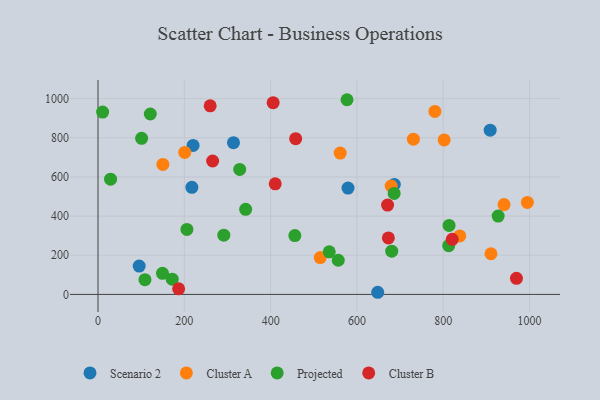
{"axis": {"x": "Price", "y": "Salary"}, "legend": ["Cluster A", "Cluster B", "Projected", "Scenario 2"], "data": [{"x": "220.3", "y": 760.8, "type": "Scenario 2"}, {"x": "686.6", "y": 562.0, "type": "Scenario 2"}, {"x": "908.7", "y": 838.7, "type": "Scenario 2"}, {"x": "648.1", "y": 10.9, "type": "Scenario 2"}, {"x": "313.9", "y": 775.1, "type": "Scenario 2"}, {"x": "95.4", "y": 144.5, "type": "Scenario 2"}, {"x": "579.3", "y": 543.0, "type": "Scenario 2"}, {"x": "217.5", "y": 547.1, "type": "Scenario 2"}, {"x": "150.3", "y": 664.1, "type": "Cluster A"}, {"x": "802.1", "y": 789.1, "type": "Cluster A"}, {"x": "561.2", "y": 722.2, "type": "Cluster A"}, {"x": "940.8", "y": 459.0, "type": "Cluster A"}, {"x": "730.8", "y": 793.2, "type": "Cluster A"}, {"x": "201.0", "y": 725.2, "type": "Cluster A"}, {"x": "679.3", "y": 553.8, "type": "Cluster A"}, {"x": "994.9", "y": 470.1, "type": "Cluster A"}, {"x": "910.5", "y": 207.7, "type": "Cluster A"}, {"x": "514.9", "y": 188.1, "type": "Cluster A"}, {"x": "780.6", "y": 934.6, "type": "Cluster A"}, {"x": "838.2", "y": 298.7, "type": "Cluster A"}, {"x": "291.5", "y": 302.4, "type": "Projected"}, {"x": "577.0", "y": 994.5, "type": "Projected"}, {"x": "149.4", "y": 107.7, "type": "Projected"}, {"x": "680.6", "y": 221.1, "type": "Projected"}, {"x": "171.9", "y": 77.9, "type": "Projected"}, {"x": "101.0", "y": 797.1, "type": "Projected"}, {"x": "535.8", "y": 217.4, "type": "Projected"}, {"x": "206.0", "y": 332.0, "type": "Projected"}, {"x": "686.1", "y": 515.9, "type": "Projected"}, {"x": "813.4", "y": 352.4, "type": "Projected"}, {"x": "342.1", "y": 434.7, "type": "Projected"}, {"x": "556.7", "y": 174.6, "type": "Projected"}, {"x": "121.2", "y": 921.6, "type": "Projected"}, {"x": "108.8", "y": 75.2, "type": "Projected"}, {"x": "29.1", "y": 588.6, "type": "Projected"}, {"x": "328.3", "y": 638.4, "type": "Projected"}, {"x": "10.7", "y": 931.4, "type": "Projected"}, {"x": "812.6", "y": 248.8, "type": "Projected"}, {"x": "456.1", "y": 300.7, "type": "Projected"}, {"x": "927.2", "y": 400.4, "type": "Projected"}, {"x": "820.8", "y": 281.6, "type": "Cluster B"}, {"x": "186.8", "y": 28.3, "type": "Cluster B"}, {"x": "259.9", "y": 963.5, "type": "Cluster B"}, {"x": "458.0", "y": 795.6, "type": "Cluster B"}, {"x": "969.6", "y": 82.4, "type": "Cluster B"}, {"x": "671.0", "y": 456.5, "type": "Cluster B"}, {"x": "405.8", "y": 979.5, "type": "Cluster B"}, {"x": "410.6", "y": 564.9, "type": "Cluster B"}, {"x": "672.8", "y": 288.7, "type": "Cluster B"}, {"x": "265.6", "y": 681.4, "type": "Cluster B"}]}